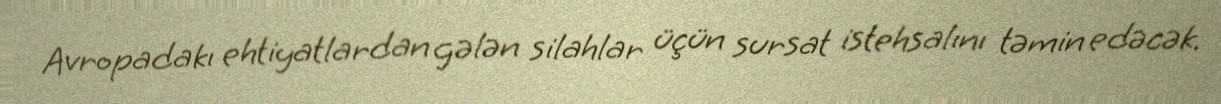
Avropadakı ehtiyatlardan gələn silahlar üçün sursat istehsalını təmin edəcək.